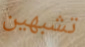
تشبهين